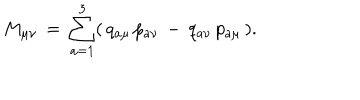
M _ { \mu \nu } \, = \, \sum _ { a = 1 } ^ { 3 } ( \, q _ { a \mu } \, p _ { a \nu } \, - \, q _ { a \nu } \, p _ { a \mu } \, ) .